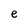
Character: e